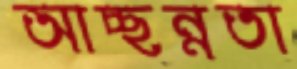
আচ্ছন্নতা